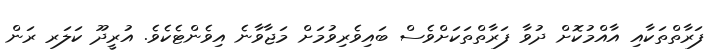
ފަރާތްތަކާއި އާއްމުކޮށް ދުވާ ފަރާތްތަކަށްވެސް ބައިވެރިވުމަށް މަޖާވާނެ އިވެންޓެކެވެ. އުރީދޫ ކަލަރ ރަން